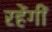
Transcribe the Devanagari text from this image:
रहेंगीं